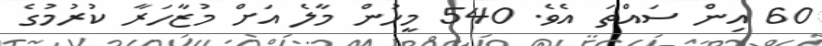
60 އިން ސައްތަ އެވެ. 540 މީހުން މާލެ އަށް މުޒާހަރާ ކުރުމުގެ